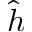
\hat { h }